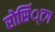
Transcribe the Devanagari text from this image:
रोसिं्टग